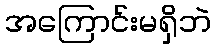
အကြောင်းမရှိဘဲ